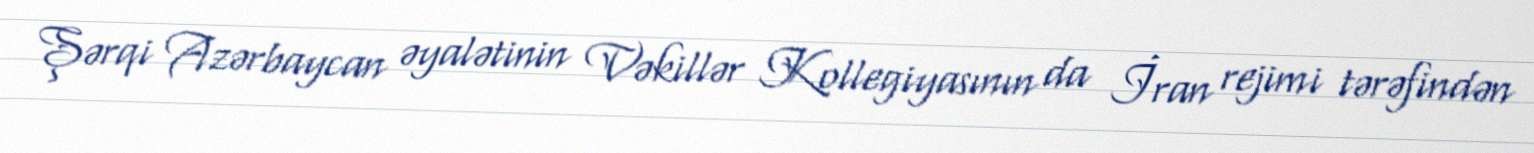
Şərqi Azərbaycan əyalətinin Vəkillər Kollegiyasının da İran rejimi tərəfindən